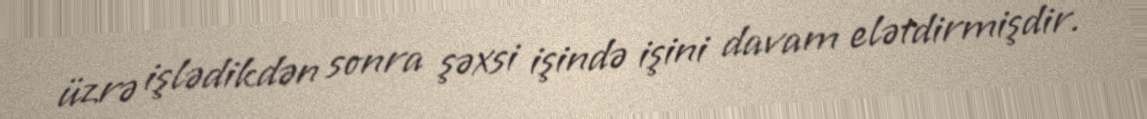
üzrə işlədikdən sonra şəxsi işində işini davam elətdirmişdir.